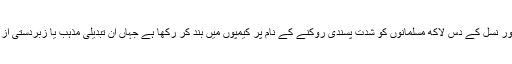
چین پر الزام ہے کہ اس نے یغور نسل کے دس لاکھ مسلمانوں کو شدت پسندی روکنے کے نام پر کیمپوں میں بند کر رکھا ہے جہاں ان تبدیلی مذہب یا زبردستی از سر نو ’تعلیم‘ دی جا رہی ہے ۔